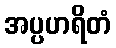
အပ္ပဟရိတံ